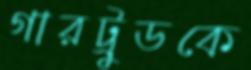
গারট্রুডকে